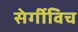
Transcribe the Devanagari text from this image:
सेर्गीविच